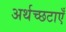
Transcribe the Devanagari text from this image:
अर्थच्छटाएँ